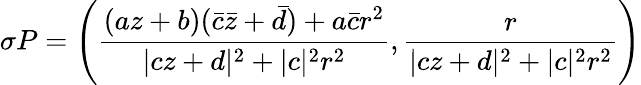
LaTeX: \sigma P=\left(\frac{(az+b)(\bar{c}\bar{z}+\bar{d})+a\bar{c}r^{2}}{|cz+d|^{2}+|c|^{2}r^{2}},\frac{r}{|cz+d|^{2}+|c|^{2}r^{2}}\right)